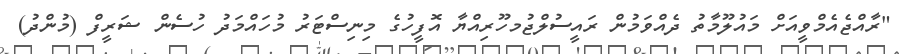
"ރާއްޖެއެމްވީއަށް މައުލޫމާތު ދެއްވަމުުން ރައީސުލްޖުމހޫރިއްޔާ އޮފީހުގެ މިނިސްޓަރު މުހައްމަދު ހުސެން ޝަރީފް (މުންދު)